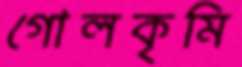
গোলকৃমি